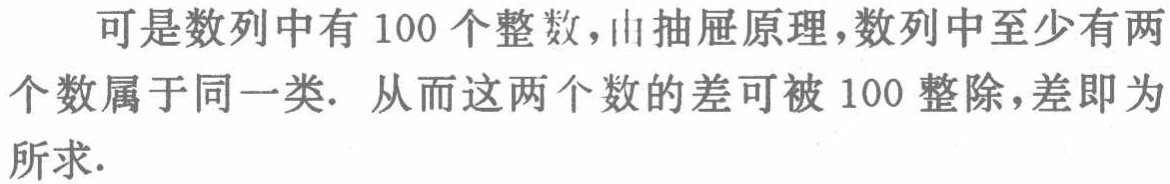
可是数列中有 100 个整数，由抽屉原理，数列中至少有两个数属于同一类. 从而这两个数的差可被 100 整除，差即为所求.